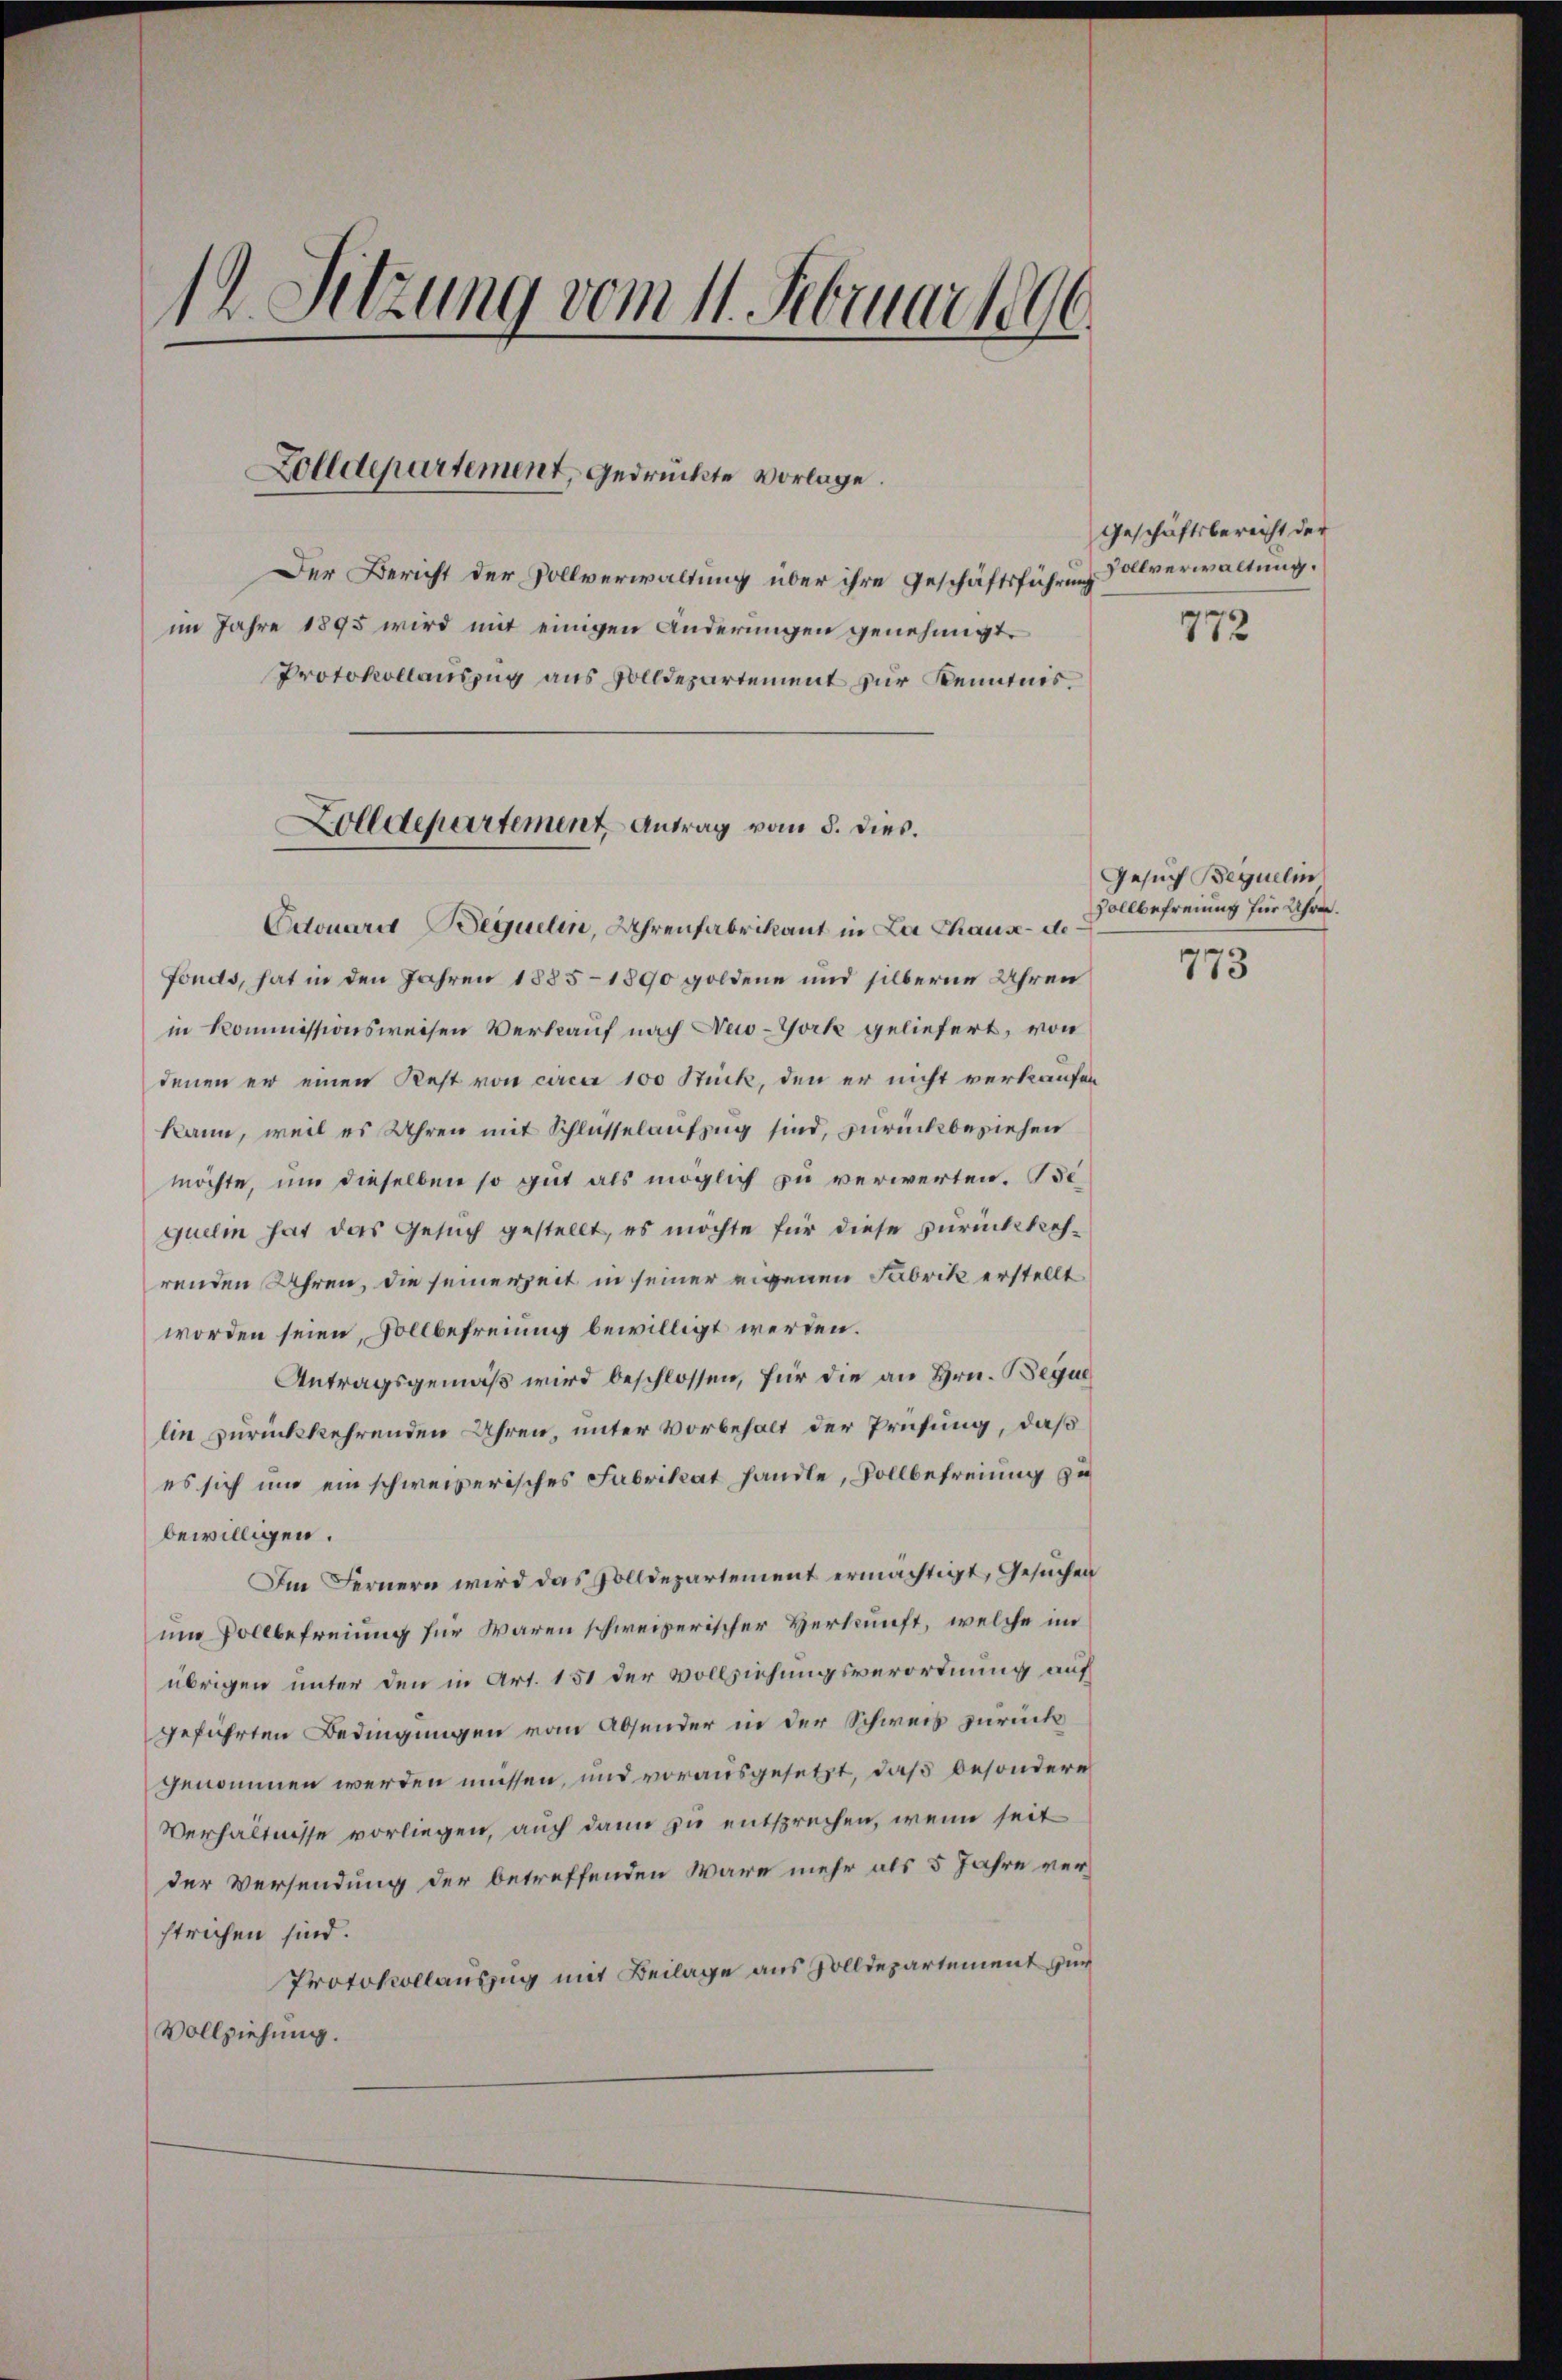
1 Sitzung vom 11. Februar 1890.

Zolldepartement, gedrückte vorlage.

Der Bericht der Vollverwaltung über ihre Geschäftsführung sollverwaltung.
im Jahre 1895 wird mit einigen Änderungen genehmigt.
Protokollauszug aus Solldepartement zur Kenntnis.
Zolldepartement Antrag vom 8. dies.

Adouare Bequelin, Uhrenfabrikant in La Chause de
Fonds, hat in den Jahren 1885-1890 goldene und silberne Uhren
in Kommissionsweisen Verkauf nach New-York geliefert, von
denen er einen Rest von circa 100 Stück, den er nicht verkaufen
kann, weil es Uhren mit Schlüsselaufzug sind, zurückbeziehen
möchte, um dieselben so gut als möglich zu verwerten. Bequelm hat das Gesuch gestellt, es möchte für diese zurückkehrenden Uhren, die seinerzeit in seiner eigenen Fabrik erstellt
worden seien, Vollbefreiung bewilligt werden.
Antragsgemäß wird beschlossen, für die an Hrn. Beque
lin zurückkehrenden Uhren, unter Vorbehalt der Prüfung, daß
es sich um ein schweizerisches Fabrikat handle, Vollbefreiung zu
bewilligen.
Im Fernern wird das Zolldepartement ermächtigt, Gesuchen
um Vollbefreiung für waren schweizerischer Verkunft, welche im
übrigen unter den in Art. 151 der Vollziehungsverordnung auf
geführten Bedingungen vom Absender in der Schweis zurück
genommen werden müssen, und vorausgesetzt, daß besondere
Verhältnisse vorliegen, auch dann zu entsprechen, wenn seit
der Versendung der betreffenden wäre mehr als 5 Jahre verstrichen sind.
Protokollauszug mit Beilage aus Zolldepartement zur
Vollziehung.

Geschäftsbereicht der

772

Gesuch Bequelin
Vollbefreiung für Uhren.

773